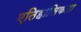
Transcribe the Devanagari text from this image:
एतिहासिकता